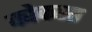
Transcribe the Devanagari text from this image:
कोकसा